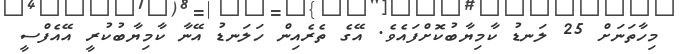
މިހާތަނަށް 25 ލަނޑު ކާމިޔާބުކޮށްފައެވެ. އޭގެ ތެރެއިން ހަލަނޑު އޭނާ ކާމިޔާބުކުރީ އޭއެފްސީ